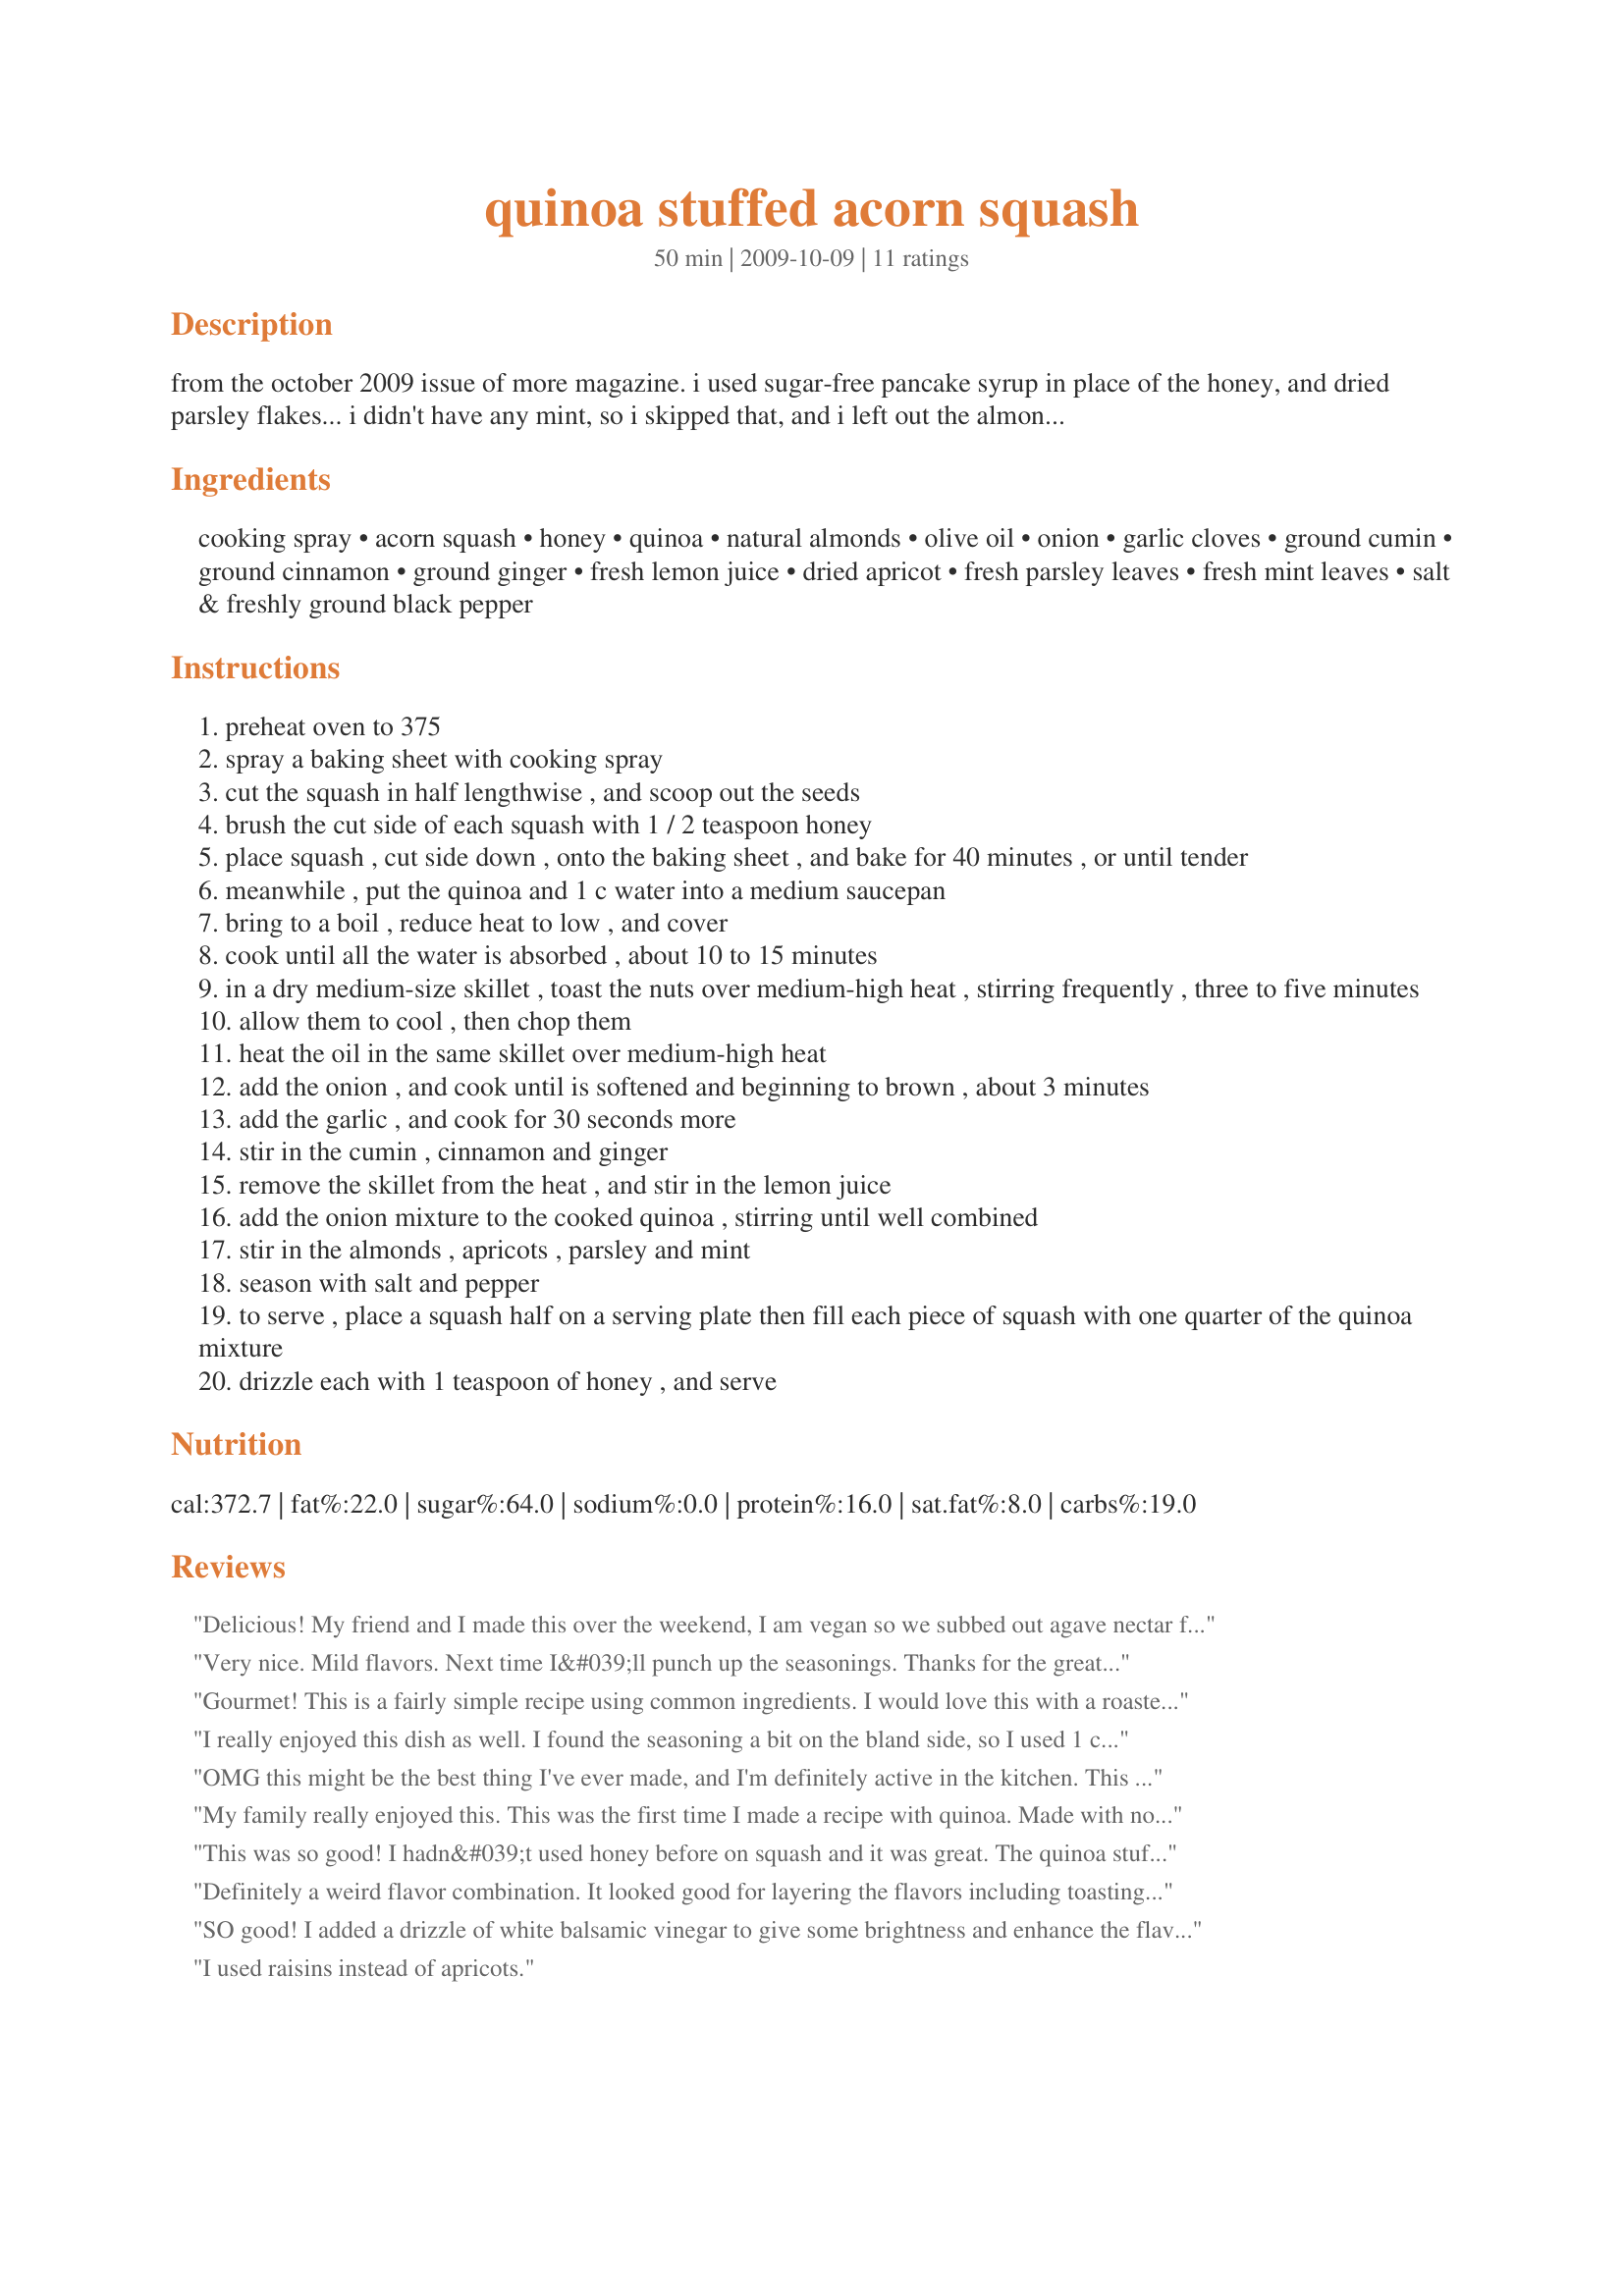
quinoa stuffed acorn squash
Preparation time: 50 minutes

from the october 2009 issue of more magazine. i used sugar-free pancake syrup in place of the honey, and dried parsley flakes... i didn't have any mint, so i skipped that, and i left out the almonds due to personal preference. i also very stupidly didn't see the "salt and pepper to taste" part, but anyway, the cumin flavor is very pronounced. i also thought that the amount of filling was a bit too much for such small squashes, but it's good eaten plain too.

Ingredients:
cooking spray, acorn squash, honey, quinoa, natural almonds, olive oil, onion, garlic cloves, ground cumin, ground cinnamon, ground ginger, fresh lemon juice, dried apricot, fresh parsley leaves, fresh mint leaves, salt & freshly ground black pepper

Steps:
preheat oven to 375
spray a baking sheet with cooking spray
cut the squash in half lengthwise , and scoop out the seeds
brush the cut side of each squash with 1 / 2 teaspoon honey
place squash , cut side down , onto the baking sheet , and bake for 40 minutes , or until tender
meanwhile , put the quinoa and 1 c water into a medium saucepan
bring to a boil , reduce heat to low , and cover
cook until all the water is absorbed , about 10 to 15 minutes
in a dry medium-size skillet , toast the nuts over medium-high heat , stirring frequently , three to five minutes
allow them to cool , then chop them
heat the oil in the same skillet over medium-high heat
add the onion , and cook until is softened and beginning to brown , about 3 minutes
add the garlic , and cook for 30 seconds more
stir in the cumin , cinnamon and ginger
remove the skillet from the heat , and stir in the lemon juice
add the onion mixture to the cooked quinoa , stirring until well combined
stir in the almonds , apricots , parsley and mint
season with salt and pepper
to serve , place a squash half on a serving plate then fill each piece of squash with one quarter of the quinoa mixture
drizzle each with 1 teaspoon of honey , and serve

Reviews:
Delicious! My friend and I made this over the weekend, I am vegan so we subbed out agave nectar for the honey and added some mushrooms that we had sitting about and it was simply amazing.<br/><br/>This has to be my favorite quinoa recipe ever. A fab main dish as quinoa is a complete protein!
Very nice. Mild flavors. Next time I&#039;ll punch up the seasonings. Thanks for the great recipe brokenburner....
Gourmet! This is a fairly simple recipe using common ingredients. I would love this with a roasted turkey breast. My only recommendation is to first rinse the quinoa in a fine strainer for five minutes to take the bitterness out of the grain. Thanks for posting this delightful recipe!
I really enjoyed this dish as well. I found the seasoning a bit on the bland side, so I used 1 cup of stock instead of water for the quinoa, but otherwise made as written. For me, the amount of quinoa was perfect, it's really tasty so could have eaten any extra up easily. The part I would probably change next time is to season the squash a bit before it goes in the oven. The honey just wasn't enough for us. Anyway, thanks for the great recipe, it was simple to make and much enjoyed. (Made for PARTY Dec09).
OMG this might be the best thing I've ever made, and I'm definitely active in the kitchen. This is so satisfying and such a beautiful fall dish. I made the recipe as directed, with just a couple additions:<br/><br/>- Cooked the quinoa in vegetable broth instead of water<br/>- Added dried cranberries along with the apricots<br/>- Poured a splash of orange juice in the quinoa when adding the fruit and herbs<br/><br/>Also, don't skip the mint--it made me kind of nervous to use it, and I didn't add the entire 2T, but it made for such a unique and scrumptious flavor combo. My husband LOVED it, and he claimed to have never even heard of acorn squash before I bought it at the market to use in this recipe. I served it as a side with roasted Brussels sprouts and a pork loin, but it could also be a wonderful main dish. I plan to serve this again at Thanksgiving for the fam!
My family really enjoyed this. This was the first time I made a recipe with quinoa. Made with no substitutions and loved it as it is. The savory and sweet flavors blended well together for a very tasty dish. For those who might prefer a more savory flavor you might try adding more cumin or another savory herb or spice. I will try some cranberries next time for color and another layer of flavor. Will definitely make this again!
This was so good! I hadn&#039;t used honey before on squash and it was great. The quinoa stuffing is great, and would be good on its own too. I accidentally grabbed cilantro from the fridge instead of parsley and it was actually really good! Otherwise made as listed. Also sprinkled a little goat cheese on and that was also good, but would be fine without it. Will be making again.
Definitely a weird flavor combination. It looked good for layering the flavors including toasting the nuts, etc. After reading the reviews I decided to go with the recipe exactly as listed & included the mint, cumin, cinnamon, ginger, apricots...but the flavors didn't seem to develop as a whole dish. Disappointed since I got excited after reading the other reviews. Needs some tweaking...maybe try omitting the above and replace with cranberries & chopped spinach...or olives and sun-dried tomatoes with some thyme and rosemary.
SO good! I added a drizzle of white balsamic vinegar to give some brightness and enhance the flavors in the quinoa.
I used raisins instead of apricots.
this was the first time i have been able to get my partner to eat squash :) -- nice blend of flavors, easy to make -- great side dish
